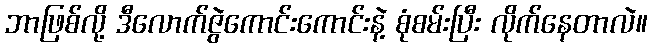
ဘာဖြစ်လို့ ဒီလောက်ဇွဲကောင်းကောင်းနဲ့ စုံစမ်းပြီး လိုက်နေတာလဲ။